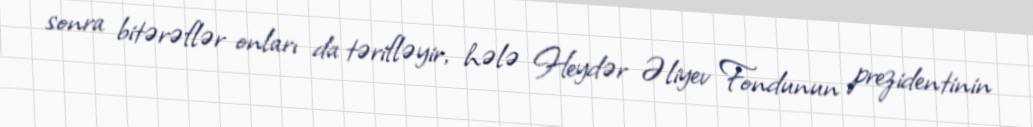
sonra bitərəflər onları da tərifləyir, hələ Heydər Əliyev Fondunun prezidentinin